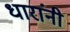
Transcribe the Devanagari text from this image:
धारांनी